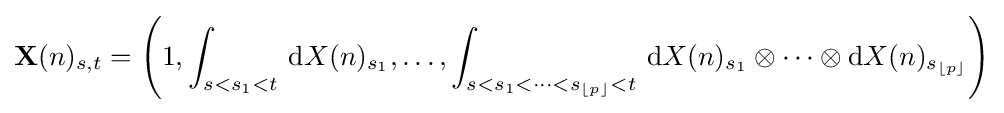
\mathbf {X} (n)_{s,t}=\left(1,\int _{s<s_{1}<t}\,\mathrm {d} X(n)_{s_{1}},\ldots ,\int _{s<s_{1}<\cdots <s_{\lfloor p\rfloor }<t}\,\mathrm {d} X(n)_{s_{1}}\otimes \cdots \otimes \mathrm {d} X(n)_{s_{\lfloor p\rfloor }}\right)